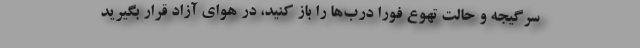
سرگیجه و حالت تهوع فوراً درب‌ها را باز کنید، در هوای آزاد قرار بگیرید